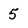
Character: 5